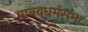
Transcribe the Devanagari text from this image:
मानवधर्मसभा